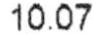
10.07